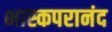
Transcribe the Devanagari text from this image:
भास्कपरानंद